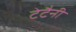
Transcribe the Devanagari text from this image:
टेटैनी